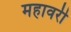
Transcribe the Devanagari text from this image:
महावरी